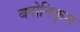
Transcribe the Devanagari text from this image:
बदोनिकुस